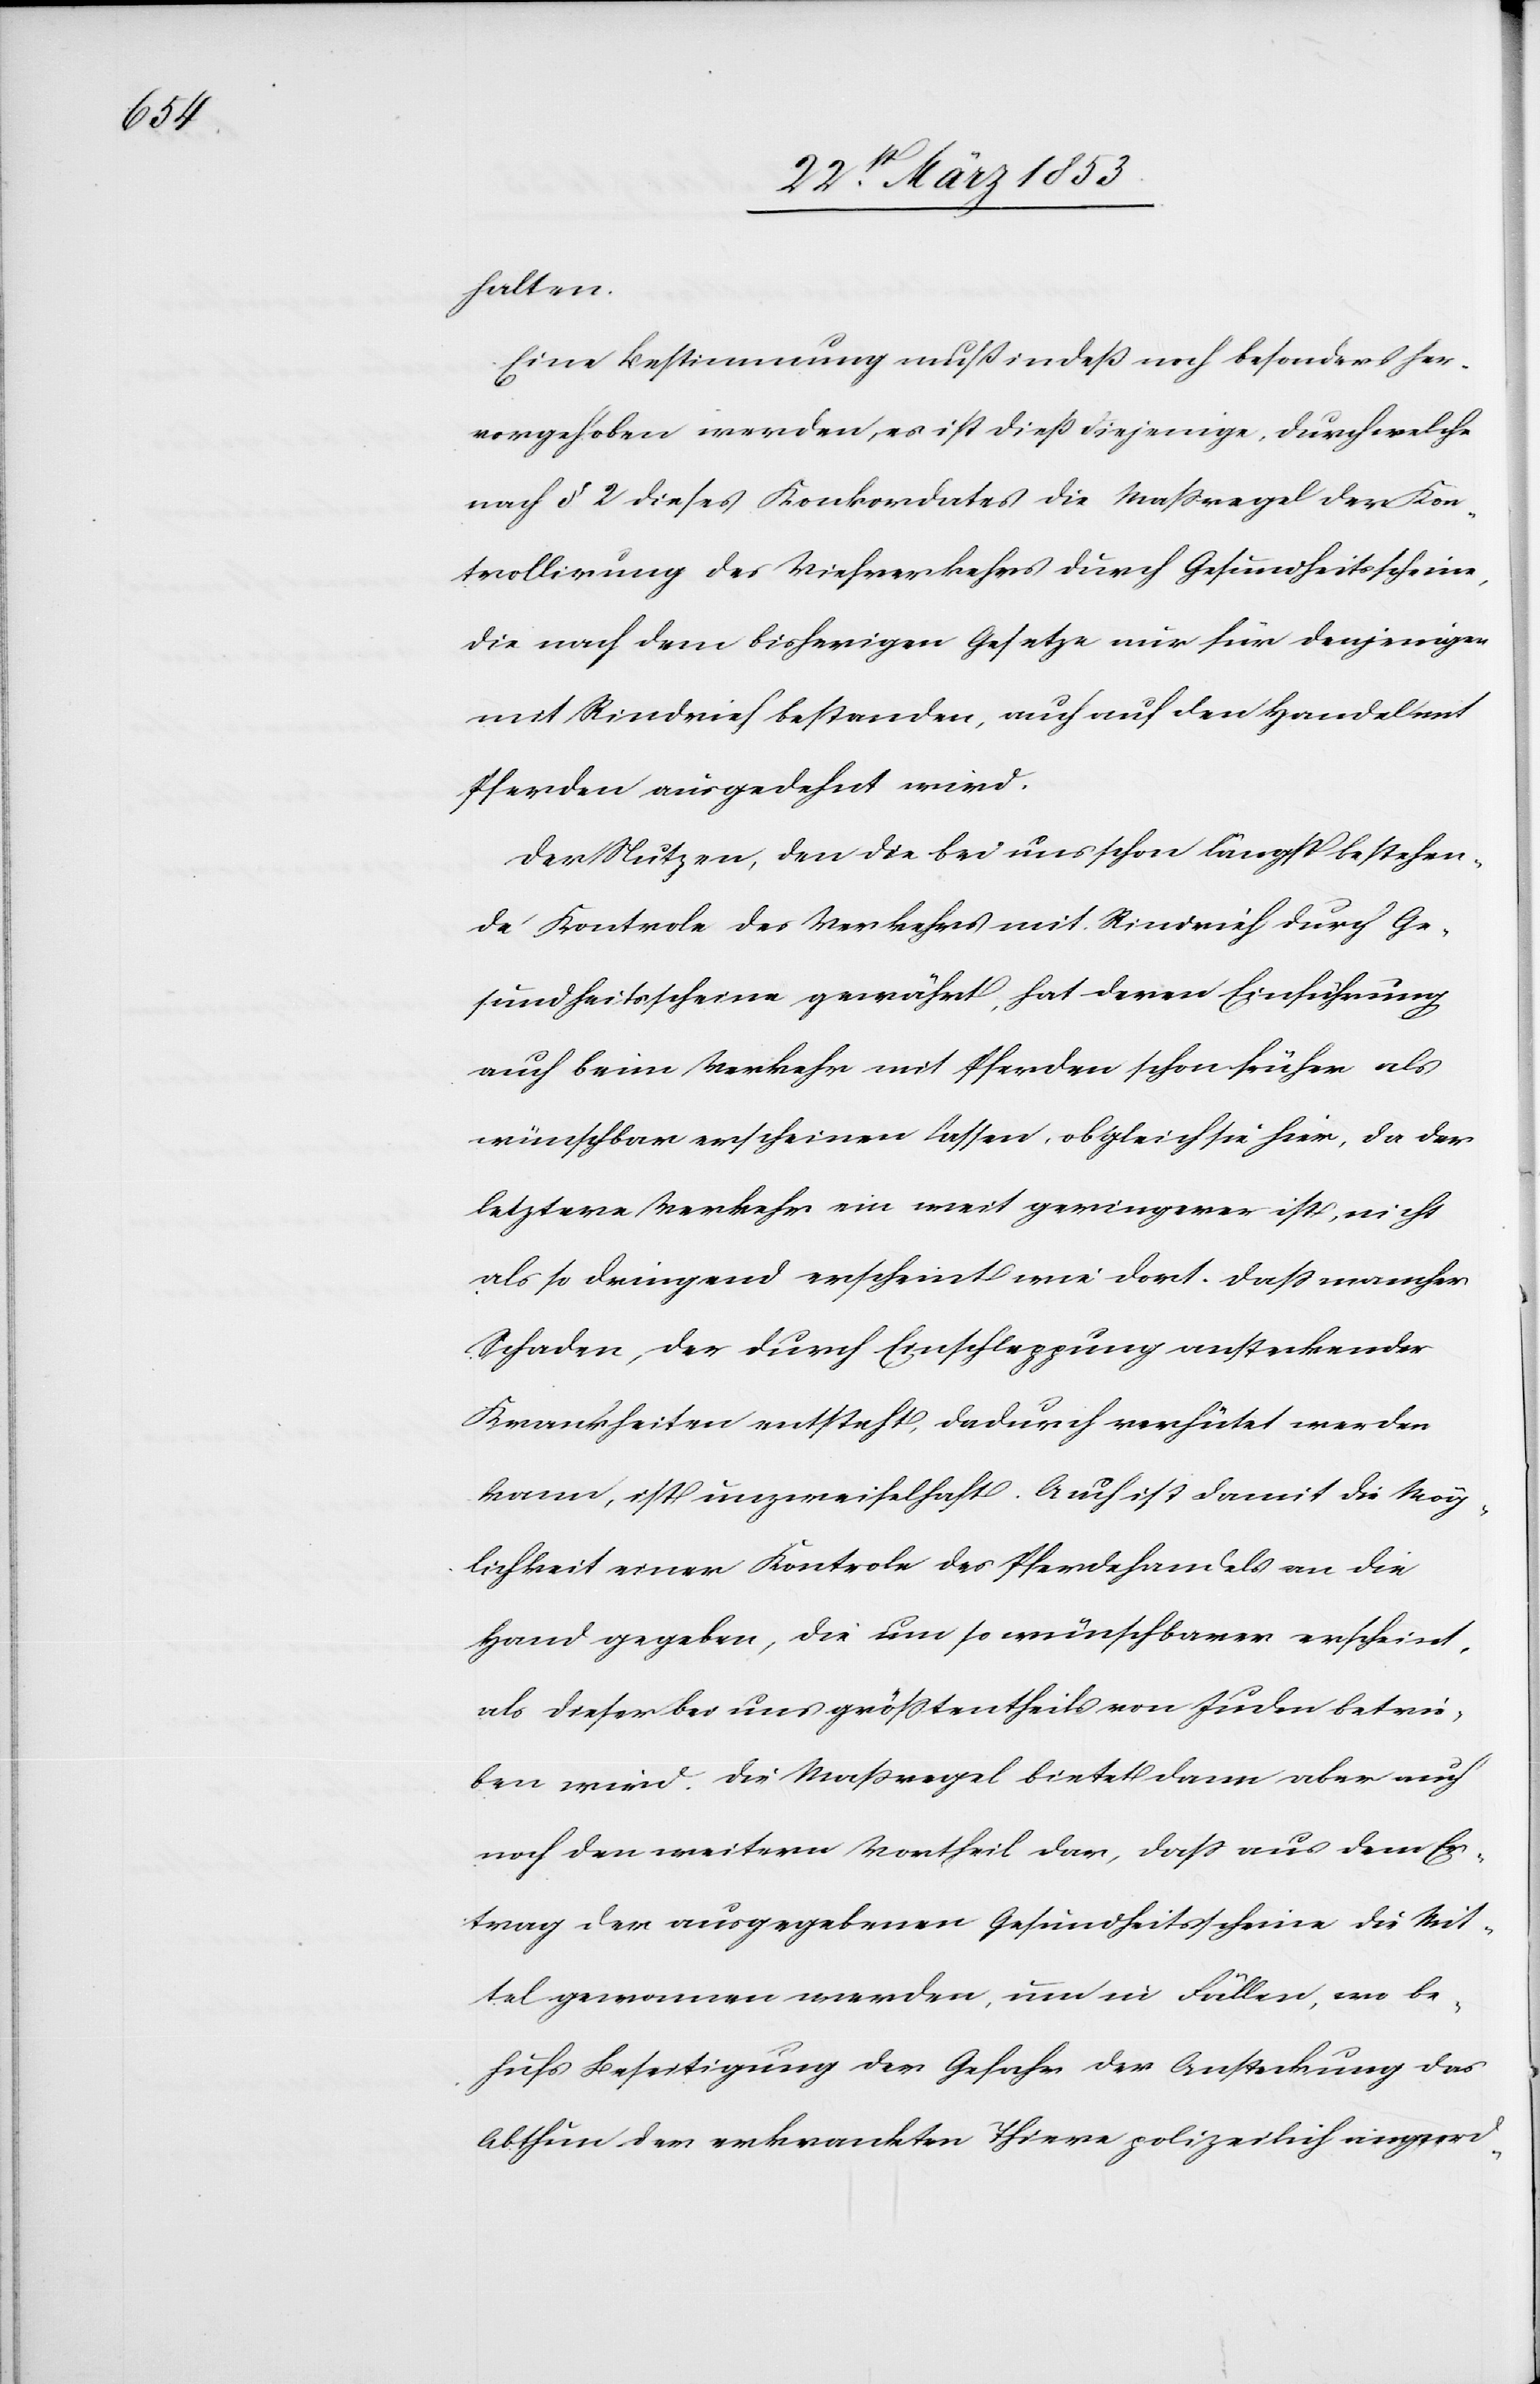
halten.
Eine Bestimmung muß indeß noch besonders her¬
vorgehoben werden, es ist dieß diejenige, durch welche
nach § 2 dieses Konkordates die Maßregel der Kon¬
trollirung des Viehverkehres durch Gesundheitsscheine
die nach dem bisherigen Gesetze nur für denjenigen
mit Rindvieh bestanden, auch auf den Handel mit
Pferden ausgedehnt wird.
Der Nutzen, den die bei uns schon längst bestehen¬
den Kontrole des Verkehrs mit Rindvieh durch Ge¬
sundheitsscheine gewährt, hat deren Einführung
auch beim Verkehr mit Pferden schon früher als
wünschbar erscheinen lassen, obgleich sie hier, da der
letztere Verkehr ein weit geringerer ist, nicht
als so dringend erscheint wie dort. Daß mancher
Schaden, der durch Einschleppung ansteckender
Krankheiten entsteht, dadurch verhütet werden
kann, ist unzweifelhaft. Auch ist damit die Mög¬
lichkeit einer Kontrole des Pferdehandels an die
Hand gegeben, die um so wünschbarer erscheint,
als dieser bei uns größtentheils von Juden betrie¬
ben wird. Die Maßregel bietet dann aber auch
noch den weitern Vortheil dar, daß aus dem Er¬
trag der ausgegebenen Gesundheitsscheine die Mit¬
tel genommen werden, um in Fällen, wo be¬
hufs Beseitigung der Gefahr der Ansteckung das
Abthun der erkrankten Thiere polizeilich eingeord-